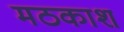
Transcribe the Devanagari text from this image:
मठकाश